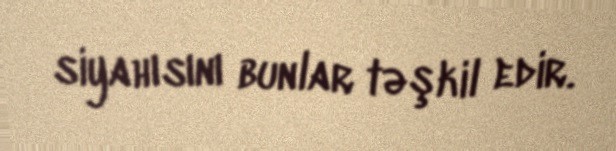
siyahısını bunlar təşkil edir.